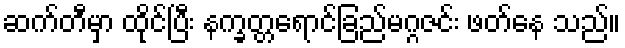
ဆက်တီမှာ ထိုင်ပြီး နက္ခတ္တရောင်ခြည်မဂ္ဂဇင်း ဖတ်နေ သည်။